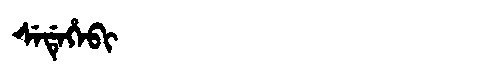
Manchu: ᠰᡝᡩᡝᡥᡝᠪᡳ
Romanization: SEDEHEBI